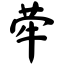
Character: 荦